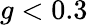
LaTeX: g<0.3